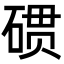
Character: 𮀪